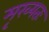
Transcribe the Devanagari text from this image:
मृख्यतः